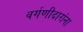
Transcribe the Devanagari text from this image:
वर्गणीदारांना